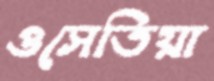
ওসেতিয়া